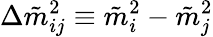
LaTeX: \Delta\tilde{m}_{ij}^{2}\equiv\tilde{m}_{i}^{2}-\tilde{m}_{j}^{2}